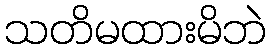
သတိမထားမိဘဲ